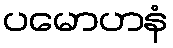
ပမောဟနံ